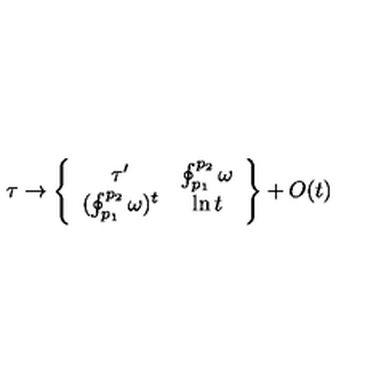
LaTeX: \tau \to \left\{ \begin{array} { c c } { \tau ^ { \prime } } & { \oint _ { p _ { 1 } } ^ { p _ { 2 } } \omega } \\ { ( \oint _ { p _ { 1 } } ^ { p _ { 2 } } \omega ) ^ { t } } & { \ln t } \\ \end{array} \right\} + O ( t )